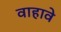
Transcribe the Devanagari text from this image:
वाहावे